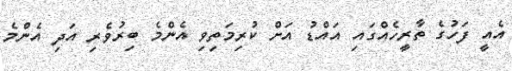
އެއީ ފަހުގެ ތާރީހެއްގައި އައްޑު އަށް ކުރިމަތިވި އެންމެ ބިރުވެރި އަދި އެންމެ